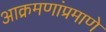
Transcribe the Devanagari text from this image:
आक्रमणांप्रमाणे